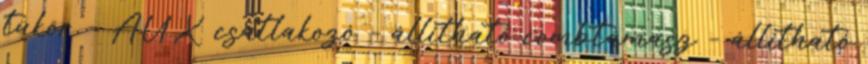
tükör – AUX csatlakozó – állítható combtámasz – állítható